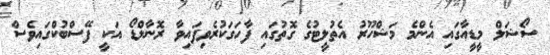
ސޯޝަލް މީޑީއާގައި އެންމެ މަޝްހޫރު އެތުލީޓުގެ ގޮތުގައި ފާހަގަކުރެވިފައިވާ ރޮނާލްޑޯ އަކީ ފޭސްބުކްގައިވެސް